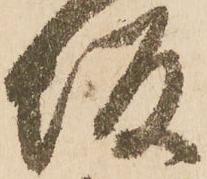
坂